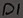
Text: D1